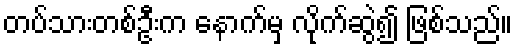
တပ်သားတစ်ဦးက နောက်မှ လိုက်ဆွဲ၍ ဖြစ်သည်။